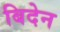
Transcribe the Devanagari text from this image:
बिदेन